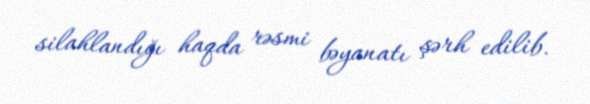
silahlandığı haqda rəsmi bəyanatı şərh edilib.